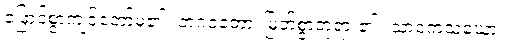
ဖြောင့်စွာကျင့်တော်မူ၏။ ဘဂဝတော၊ မြတ်စွာဘုရား၏။ သာဝကသံဃော၊